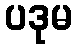
ပဒုမ